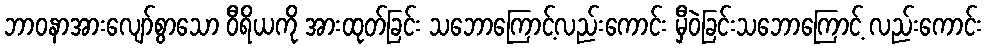
ဘာဝနာအားလျော်စွာသော ဝီရိယကို အားထုတ်ခြင်း သဘောကြောင့်လည်းကောင်း မှီဝဲခြင်းသဘောကြောင့် လည်းကောင်း